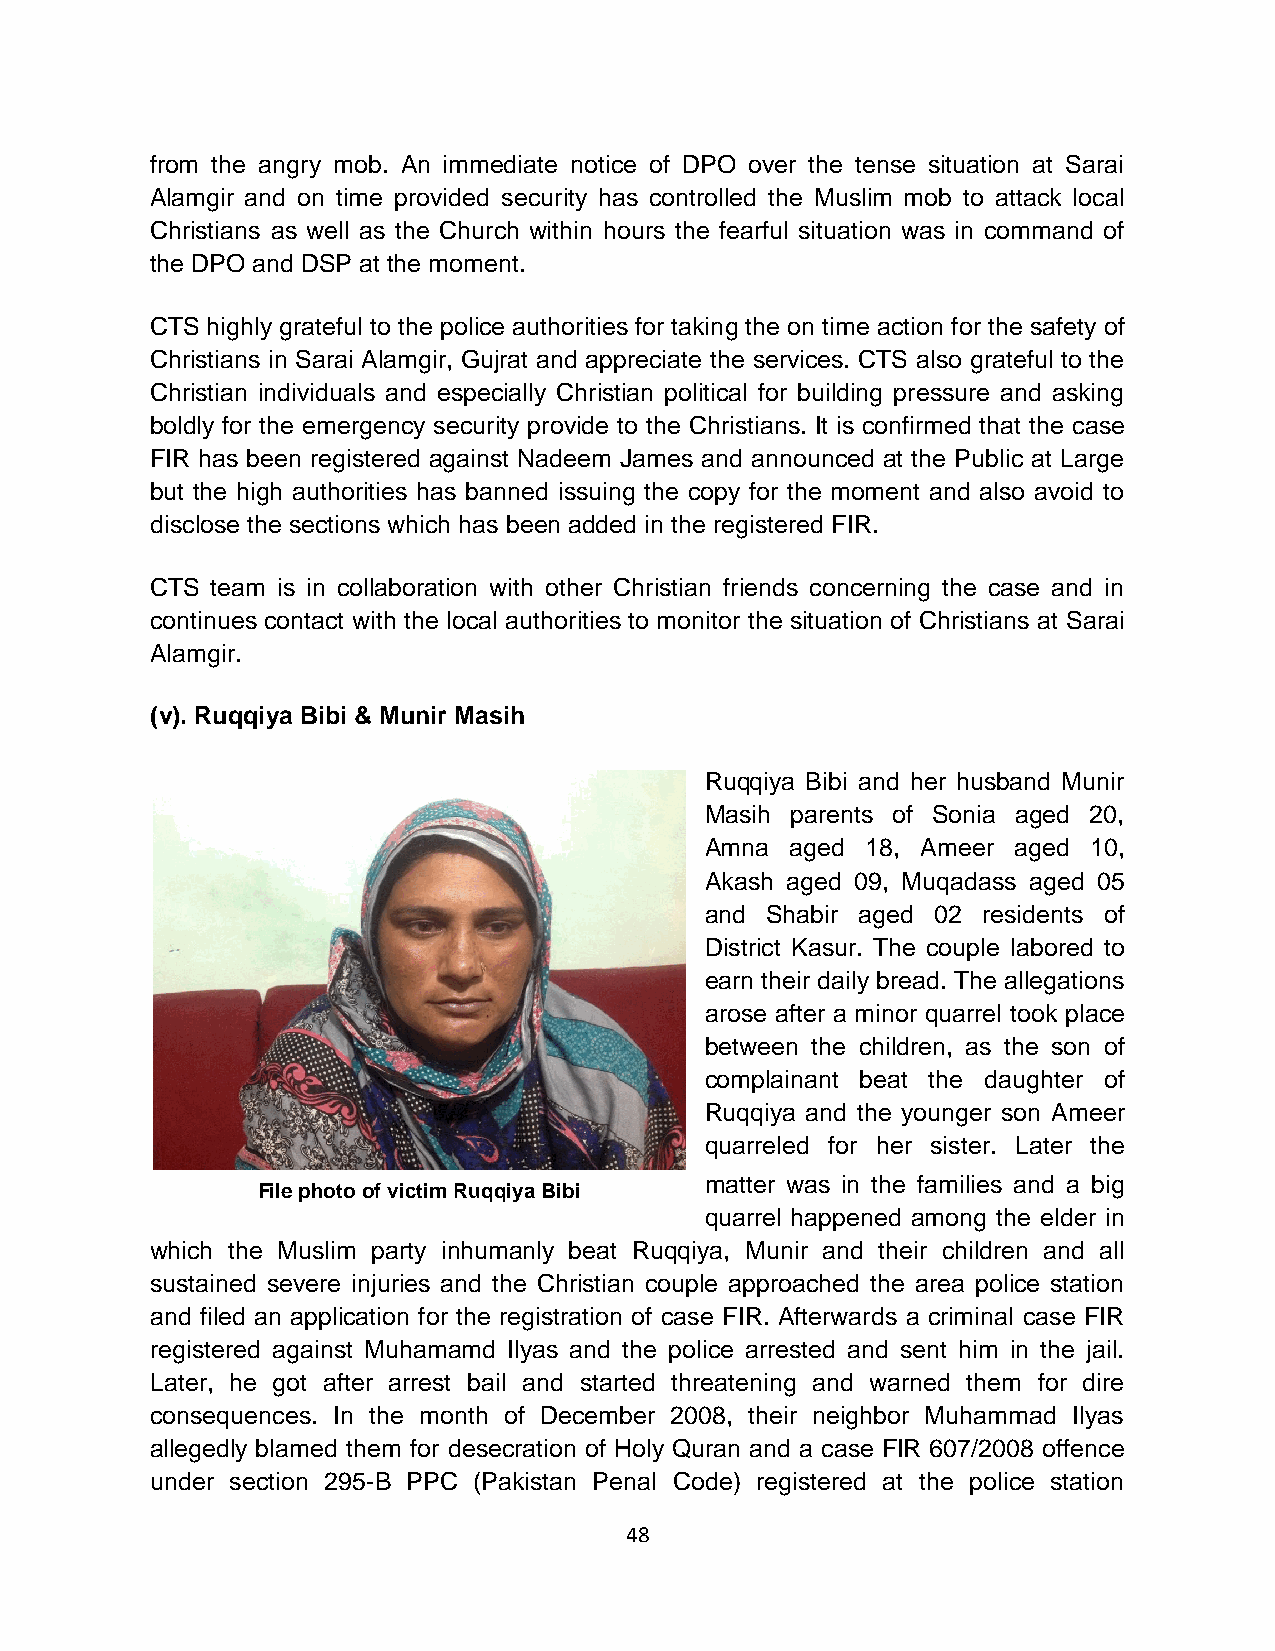
from the angry mob. An immediate notice of DPO over the tense situation at Sarai
 Alamgir and on time provided security has controlled the Muslim mob to attack local
 Christians as well as the Church within hours the fearful situation was in command of
 the DPO and DSP at the moment.
 CTS highly grateful to the police authorities for taking the on time action for the safety of
 Christians in Sarai Alamgir, Gujrat and appreciate the services. CTS also grateful to the
 Christian individuals and especially Christian political for building pressure and asking
 boldly for the emergency security provide to the Christians. It is confirmed that the case
 FIR has been registered against Nadeem James and announced at the Public at Large
 but the high authorities has banned issuing the copy for the moment and also avoid to
 disclose the sections which has been added in the registered FIR.
 CTS team is in collaboration with other Christian friends concerning the case and in
 continues contact with the local authorities to monitor the situation of Christians at Sarai
 Alamgir.
 (v). Ruqqiya Bibi & Munir Masih
 Ruqqiya Bibi and her husband Munir
 Masih parents of Sonia aged 20,
 Amna aged 18, Ameer aged 10,
 Akash aged 09, Muqadass aged 05
 and Shabir aged 02 residents of
 District Kasur. The couple labored to
 earn their daily bread. The allegations
 arose after a minor quarrel took place
 between the children, as the son of
 complainant beat the daughter of
 Ruqqiya and the younger son Ameer
 quarreled for her sister. Later the
 matter was in the families and a big
 File photo of victim Ruqqiya Bibi
 quarrel happened among the elder in
 which the Muslim party inhumanly beat Ruqqiya, Munir and their children and all
 sustained severe injuries and the Christian couple approached the area police station
 and filed an application for the registration of case FIR. Afterwards a criminal case FIR
 registered against Muhamamd Ilyas and the police arrested and sent him in the jail.
 Later, he got after arrest bail and started threatening and warned them for dire
 consequences. In the month of December 2008, their neighbor Muhammad Ilyas
 allegedly blamed them for desecration of Holy Quran and a case FIR 607/2008 offence
 under section 295-B PPC (Pakistan Penal Code) registered at the police station
 48